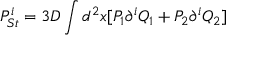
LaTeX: P _ { S t } ^ { i } = 3 D \int d ^ { 2 } x [ P _ { 1 } \partial ^ { i } Q _ { 1 } + P _ { 2 } \partial ^ { i } Q _ { 2 } ]